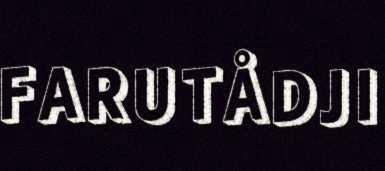
FARUTÅDJI